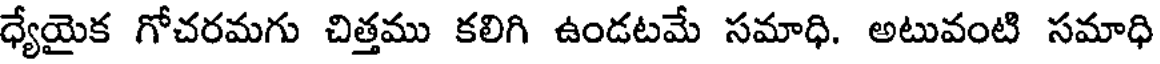
ధ్యేయైక గోచరమగు చిత్తము కలిగి ఉండటమే సమాధి. అటువంటి సమాధి